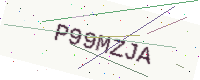
Text: P99MZJA